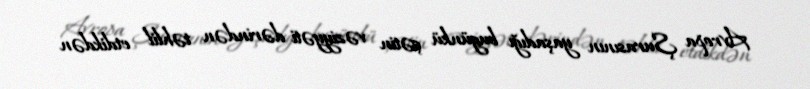
Avropa Şurasının yaşadığı bugünkü çətin vəziyyəti dərindən təhlil etdikdən